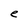
Character: e